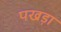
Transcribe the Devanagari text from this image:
पखड़ा